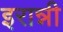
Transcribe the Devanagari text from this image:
इरान्नी